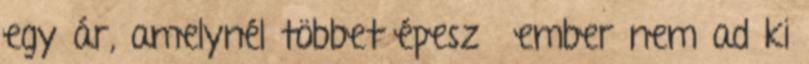
egy ár, amelynél többet épeszű ember nem ad ki